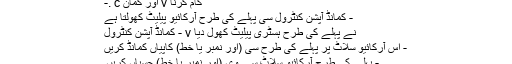
-. c اور کمان v کام کرنا
- کمانڈ آپشن کنٹرول سی پہلے کی طرح آرکائیو پیلیٹ کھولتا ہے
- کمانڈ آپشن کنٹرول v نے پہلے کی طرح ہسٹری پیلیٹ کھول دیا
- اس آرکائیو سلاٹ پر پہلے کی طرح سی (اور نمبر یا خط) کاپیاں کمانڈ کریں
- پہلے کی طرح آرکائیو سلاٹ سے وی (اور نمبر یا خط) چسپاں کریں۔